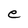
Character: e